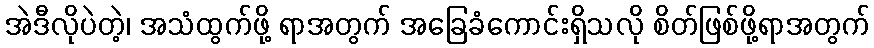
အဲဒီလိုပဲတဲ့၊ အသံထွက်ဖို့ ရာအတွက် အခြေခံကောင်းရှိသလို စိတ်ဖြစ်ဖို့ရာအတွက်